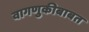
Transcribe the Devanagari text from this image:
वागणुकीबाबत